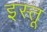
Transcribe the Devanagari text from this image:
इस्तू